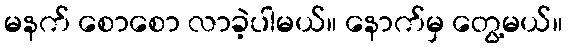
မနက် စောစော လာခဲ့ပါမယ်။ နောက်မှ တွေ့မယ်။